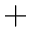
^ { + }